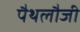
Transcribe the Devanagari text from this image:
पैथलौजी